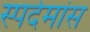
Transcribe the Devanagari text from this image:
स्पदेमांस